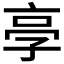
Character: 𠅝